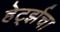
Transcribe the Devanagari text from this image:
हेर्ट्झचा